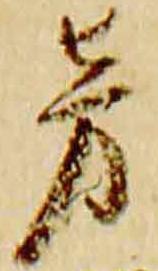
旁